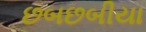
છબછબીયા